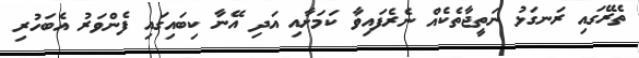
ތެރޭގައި ރަނގަޅު ނަތީޖާތެކެއް ނެރެފައިވާ ކަމަށާއި އަދި އޭނާ ކިބައިގައި ފެންވަރު އެބަހުރި